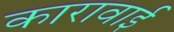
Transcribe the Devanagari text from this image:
कारावाई